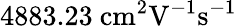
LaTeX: \mathrm{4883.23\ cm^{2}V^{-1}s^{-1}}